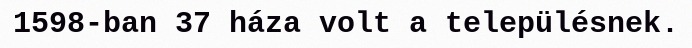
1598-ban 37 háza volt a településnek.